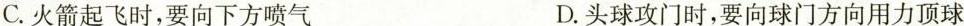
C.火箭起飞时，要向下方喷气 D.头球攻门时，要向球门方向用力顶球